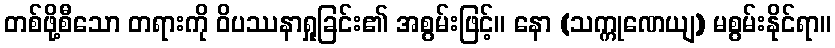
တစ်ဖို့စီသော တရားကို ဝိပဿနာရှုခြင်း၏ အစွမ်းဖြင့်။ နော (သက္ကုဏေယျ) မစွမ်းနိုင်ရာ။